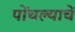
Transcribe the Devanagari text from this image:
पोंचल्याचें